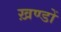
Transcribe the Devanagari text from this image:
ख़ण्डों